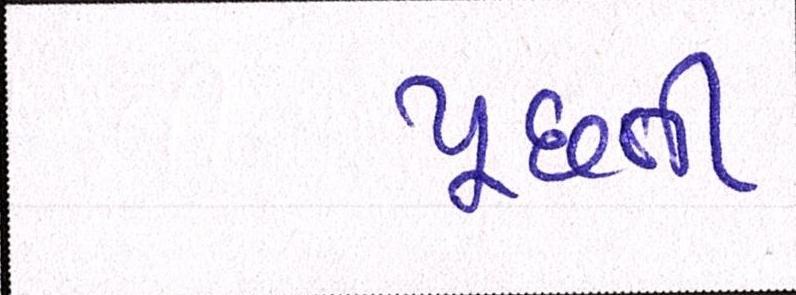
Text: પૂછતી